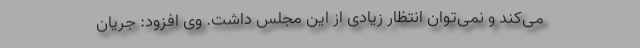
می‌کند و نمی‌توان انتظار زیادی از این مجلس داشت. وى افزود: جریان